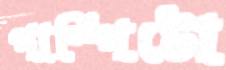
পাম্পিটো